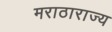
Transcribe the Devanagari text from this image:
मराठाराज्य